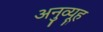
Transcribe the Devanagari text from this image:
अनुव्यूह